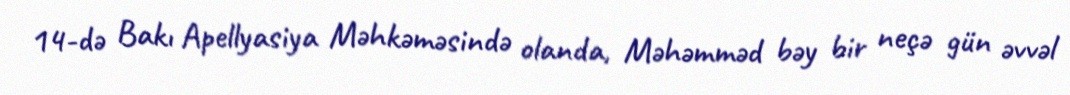
14-də Bakı Apellyasiya Məhkəməsində olanda, Məhəmməd bəy bir neçə gün əvvəl